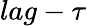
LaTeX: lag-\tau